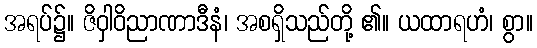
အရပ်၌။ ဇိဝှါဝိညာဏာဒီနံ၊ အစရှိသည်တို့ ၏။ ယထာရဟံ၊ စွာ။